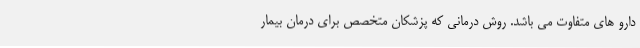
دارو های متفاوت می باشد. روش درمانی که پزشکان متخصص برای درمان بیمار